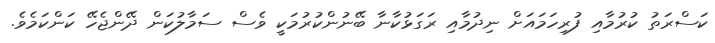
ކަސްރަތު ކުރުމާއި ފުރިހަމައަށް ނިދުމާއި ރަގަޅުކާނާ ބޭނުންކުރުމަކީ ވެސް ސަމާލުކަން ދޭންޖެހޭ ކަންކަމެވެ.